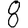
Digit: 8